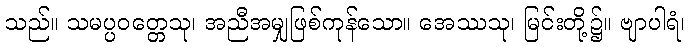
သည်။ သမပ္ပဝတ္တေသု၊ အညီအမျှဖြစ်ကုန်သော။ အေဿသု၊ မြင်းတို့၌။ ဗျာပါရံ၊